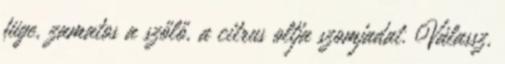
füge, zamatos a szőlő, a citrus oltja szomjadat. Válassz,